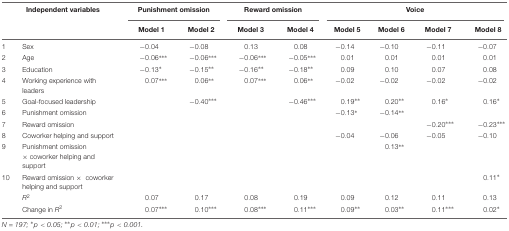
<table><thead><tr><td></td><td><b>Independent variables</b></td><td colspan="2"><b>Punishment omission</b></td><td colspan="2"><b>Reward omission</b></td><td colspan="4"><b>Voice</b></td></tr><tr><td></td><td></td><td><b>Model 1</b></td><td><b>Model 2</b></td><td><b>Model 3</b></td><td><b>Model 4</b></td><td><b>Model 5</b></td><td><b>Model 6</b></td><td><b>Model 7</b></td><td><b>Model 8</b></td></tr></thead><tbody><tr><td>1</td><td>Sex</td><td>-0.04</td><td>-0.08</td><td>0.13</td><td>0.08</td><td>-0.14</td><td>-0.10</td><td>-0.11</td><td>-0.07</td></tr><tr><td>2</td><td>Age</td><td>-0.06<sup>***</sup></td><td>-0.06<sup>***</sup></td><td>-0.06<sup>***</sup></td><td>-0.05<sup>***</sup></td><td>0.01</td><td>0.01</td><td>0.01</td><td>0.01</td></tr><tr><td>3</td><td>Education</td><td>-0.13<sup>*</sup></td><td>-0.15<sup>**</sup></td><td>-0.16<sup>**</sup></td><td>-0.18<sup>**</sup></td><td>0.09</td><td>0.10</td><td>0.07</td><td>0.08</td></tr><tr><td>4</td><td>Working experience with leaders</td><td>0.07<sup>***</sup></td><td>0.06<sup>**</sup></td><td>0.07<sup>***</sup></td><td>0.06<sup>**</sup></td><td>-0.02</td><td>-0.02</td><td>-0.02</td><td>-0.02</td></tr><tr><td>5</td><td>Goal-focused leadership</td><td></td><td>-0.40<sup>***</sup></td><td></td><td>-0.46<sup>***</sup></td><td>0.19<sup>**</sup></td><td>0.20<sup>**</sup></td><td>0.16<sup>*</sup></td><td>0.16<sup>*</sup></td></tr><tr><td>6</td><td>Punishment omission</td><td></td><td></td><td></td><td></td><td>-0.13<sup>*</sup></td><td>-0.14<sup>**</sup></td><td></td><td></td></tr><tr><td>7</td><td>Reward omission</td><td></td><td></td><td></td><td></td><td></td><td></td><td>-0.20<sup>***</sup></td><td>-0.23<sup>***</sup></td></tr><tr><td>8</td><td>Coworker helping and support</td><td></td><td></td><td></td><td></td><td>-0.04</td><td>-0.06</td><td>-0.05</td><td>-0.10</td></tr><tr><td>9</td><td>Punishment omission × coworker helping and support</td><td></td><td></td><td></td><td></td><td></td><td>0.13<sup>**</sup></td><td></td><td></td></tr><tr><td>10</td><td>Reward omission × coworker helping and support</td><td></td><td></td><td></td><td></td><td></td><td></td><td></td><td>0.11<sup>*</sup></td></tr><tr><td></td><td><i>R</i><sup>2</sup></td><td>0.07</td><td>0.17</td><td>0.08</td><td>0.19</td><td>0.09</td><td>0.12</td><td>0.11</td><td>0.13</td></tr><tr><td></td><td>Change in <i>R</i><sup>2</sup></td><td>0.07<sup>***</sup></td><td>0.10<sup>***</sup></td><td>0.08<sup>***</sup></td><td>0.11<sup>***</sup></td><td>0.09<sup>**</sup></td><td>0.03<sup>**</sup></td><td>0.11<sup>***</sup></td><td>0.02<sup>*</sup></td></tr></tbody></table>